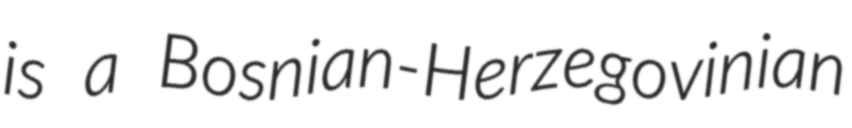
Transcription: is a Bosnian-Herzegovinian